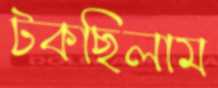
টকছিলাম